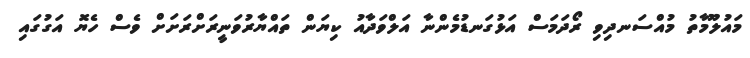
މައުލޫމާތު މުއްސަނދިވި ރޯދަމަސް އަޅުގަނޑުމެންނާ އަލްވަދާއު ކިޔަން ތައްޔާރުވަނީރަށްރަށަށް ވެސް ހެޔޮ އަގުގައި